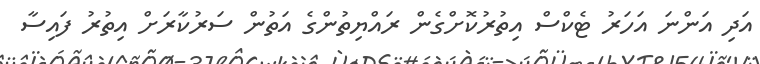
އަދި އަންނަ އަހަރު ޓެކްސް އިތުރުކޮށްގެން ރައްޔިތުންގެ އަތުން ސަރުކާރަށް އިތުރު ފައިސާ